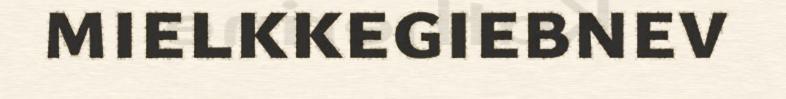
mielkkegiebnev